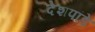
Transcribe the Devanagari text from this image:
देेशपांडे